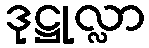
ဒုဋ္ဌုလ္လာ